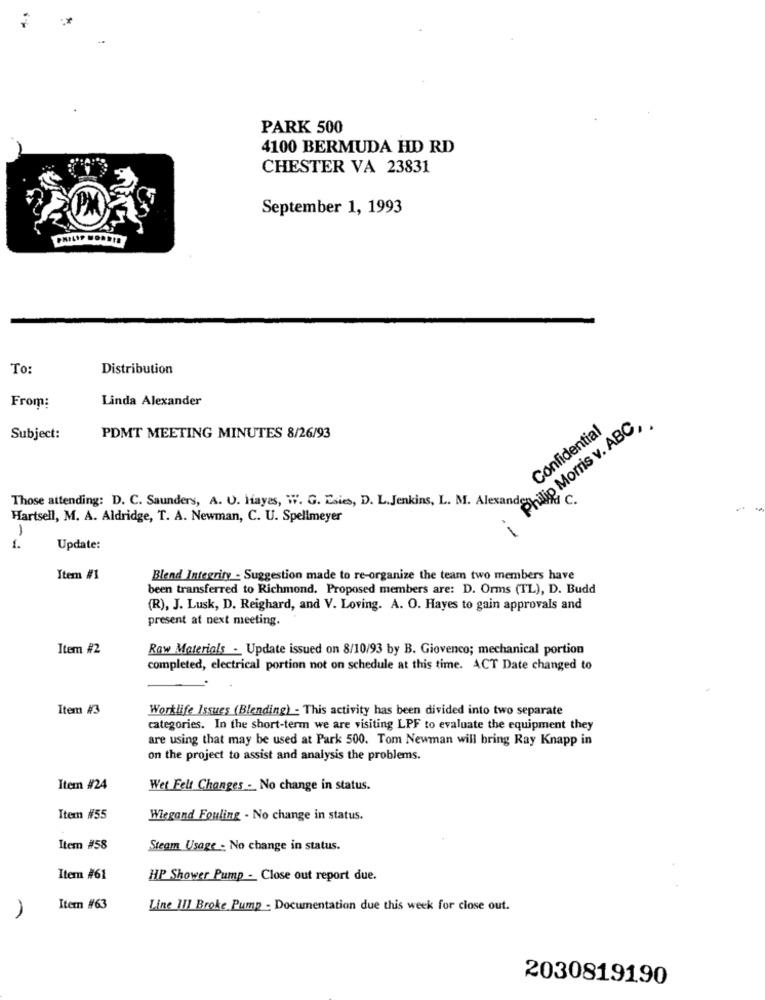
PARK 500
4100 BERMUDA HD RD
CHESTER VA 23831
September 1, 1993
PHILIP MORRIS
To:
Distribution
Linda Alexander
From:
Philip Morris v. ABC,
Confidential
Subject:
PDMT MEETING MINUTES 8/26/93
Those attending: D. C. Saunders, A. U. Hayes, W. G. Esies, D. L. Jenkins, L. M. Alexande
C.
Hartsell, M. A. Aldridge, T. A. Newman, C. U. Spellmeyer
1
1.
Update:
Item #1
Blend Integrity - Suggestion made to re-organize the team two members have
been transferred to Richmond, Proposed members are: D. Orms (TL), D. Budd
(R), J. Lusk, D. Reighard, and V. Loving. A. O. Hayes to gain approvals and
present at next meeting.
Item #2
Raw Materials - Update issued on 8/10/93 by B. Giovenco; mechanical portion
completed, electrical portion not on schedule at this time. ACT Date changed to
Item #3
Worklife Issues (Blending) - This activity has been divided into two separate
categories. In the short-term we are visiting LPF to evaluate the equipment they
are using that may be used at Park 500. Tom Newman will bring Ray Knapp in
on the project to assist and analysis the problems.
Item #24
Wet Felt Changes . No change in status.
Item #55
Wiegand Fouling - No change in status.
Item #58
Steam Usage - No change in status.
Item #61
HP Shower Pump - Close out report due.
Item #63
Line 111 Broke Pump - Documentation due this week for close out.
2030819190